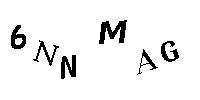
6NNMAG